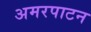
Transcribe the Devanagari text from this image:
अमरपाटन